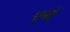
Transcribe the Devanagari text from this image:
एनं